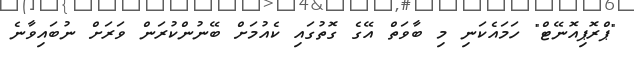
"ޕްރޮޕިއޮނޭޓް" ހަމައެކަނި މި ބާވަތް އޭގެ ގޮތުގައި ކެއުމަށް ބޭނުންކުރަން ވަރަށް ނުބައިވާނެ